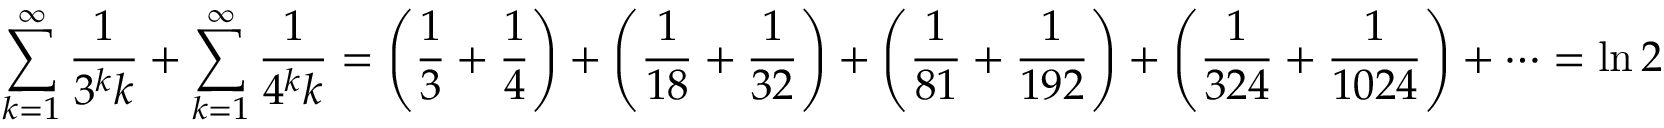
\sum _ { k = 1 } ^ { \infty } { \frac { 1 } { 3 ^ { k } k } } + \sum _ { k = 1 } ^ { \infty } { \frac { 1 } { 4 ^ { k } k } } = { \Bigg ( } { \frac { 1 } { 3 } } + { \frac { 1 } { 4 } } { \Bigg ) } + { \Bigg ( } { \frac { 1 } { 1 8 } } + { \frac { 1 } { 3 2 } } { \Bigg ) } + { \Bigg ( } { \frac { 1 } { 8 1 } } + { \frac { 1 } { 1 9 2 } } { \Bigg ) } + { \Bigg ( } { \frac { 1 } { 3 2 4 } } + { \frac { 1 } { 1 0 2 4 } } { \Bigg ) } + \cdots = \ln 2